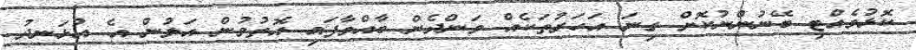
ކޮޅުވެއްޓި ބޭނުންނުކޮށް ގިނަ އަހަރުތަކެއް ވަންދެން ބާއްވާފައި އޮތުމުން އަލުން އެ އުޅަނދު